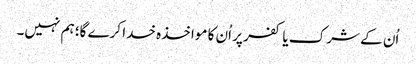
اُن کے شرک یا کفر پر اُن کا مواخذہ خدا کرے گا؛ ہم نہیں۔